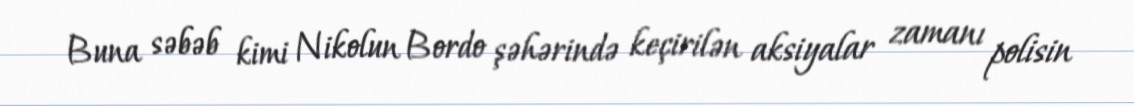
Buna səbəb kimi Nikolun Bordo şəhərində keçirilən aksiyalar zamanı polisin